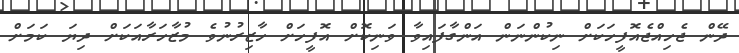
ދޭން ޖެހިއްޖެއޮފީހަކަށް ނިކުންނަން އަންގާފައިވާ ވަނިކޮށް އޮފީހަށް ހާޒިރުނުވެ މުޒާހަރާއަކަށް ދިޔަ ކަމަށް